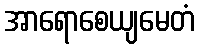
အာရောစေယျမေတံ